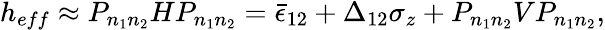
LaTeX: \begin{array}{r}{h_{eff}\approx P_{n_{1}n_{2}}HP_{n_{1}n_{2}}=\bar{\epsilon}_{12}+\Delta_{12}\sigma_{z}+P_{n_{1}n_{2}}VP_{n_{1}n_{2}},}\end{array}